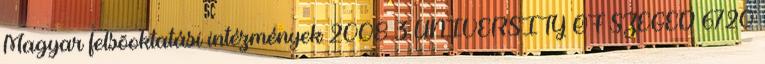
Magyar felsõoktatási intézmények 2008 3 UNIVERSITY OF SZEGED 6720